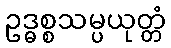
ဥဒ္ဓစ္စသမ္ပယုတ္တံ